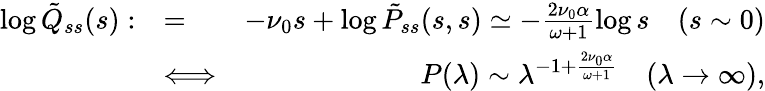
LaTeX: \begin{array}{rlr}{\log\tilde{Q}_{ss}(s):}&{=}&{-\nu_{0}s+\log\tilde{P}_{ss}(s,s)\simeq-\frac{2\nu_{0}\alpha}{\omega+1}\log s\quad(s\sim 0)}\\ &{\Longleftrightarrow}&{P(\lambda)\sim\lambda^{-1+\frac{2\nu_{0}\alpha}{\omega+1}}\quad(\lambda\rightarrow\infty),}\end{array}